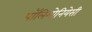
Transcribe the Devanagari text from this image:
पॉलिमोनियेसी